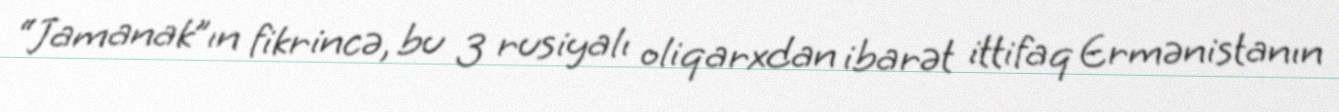
“Jamanak”ın fikrincə, bu 3 rusiyalı oliqarxdan ibarət ittifaq Ermənistanın